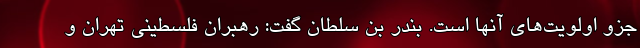
جزو اولویت‌های آنها است. بندر بن سلطان گفت: رهبران فلسطینی تهران و